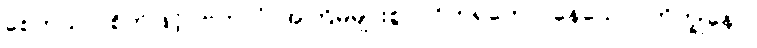
စေတသာ၊ စိတ်ဖြင့်။ ဗဟုလံ၊ အကြိမ်များစွာ။ ဝိဟရတော၊ နေသော။ ဘိက္ခုနော၊